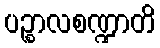
ပဉ္စာလစဏ္ဍာတိ